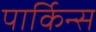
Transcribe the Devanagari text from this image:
पार्किन्स